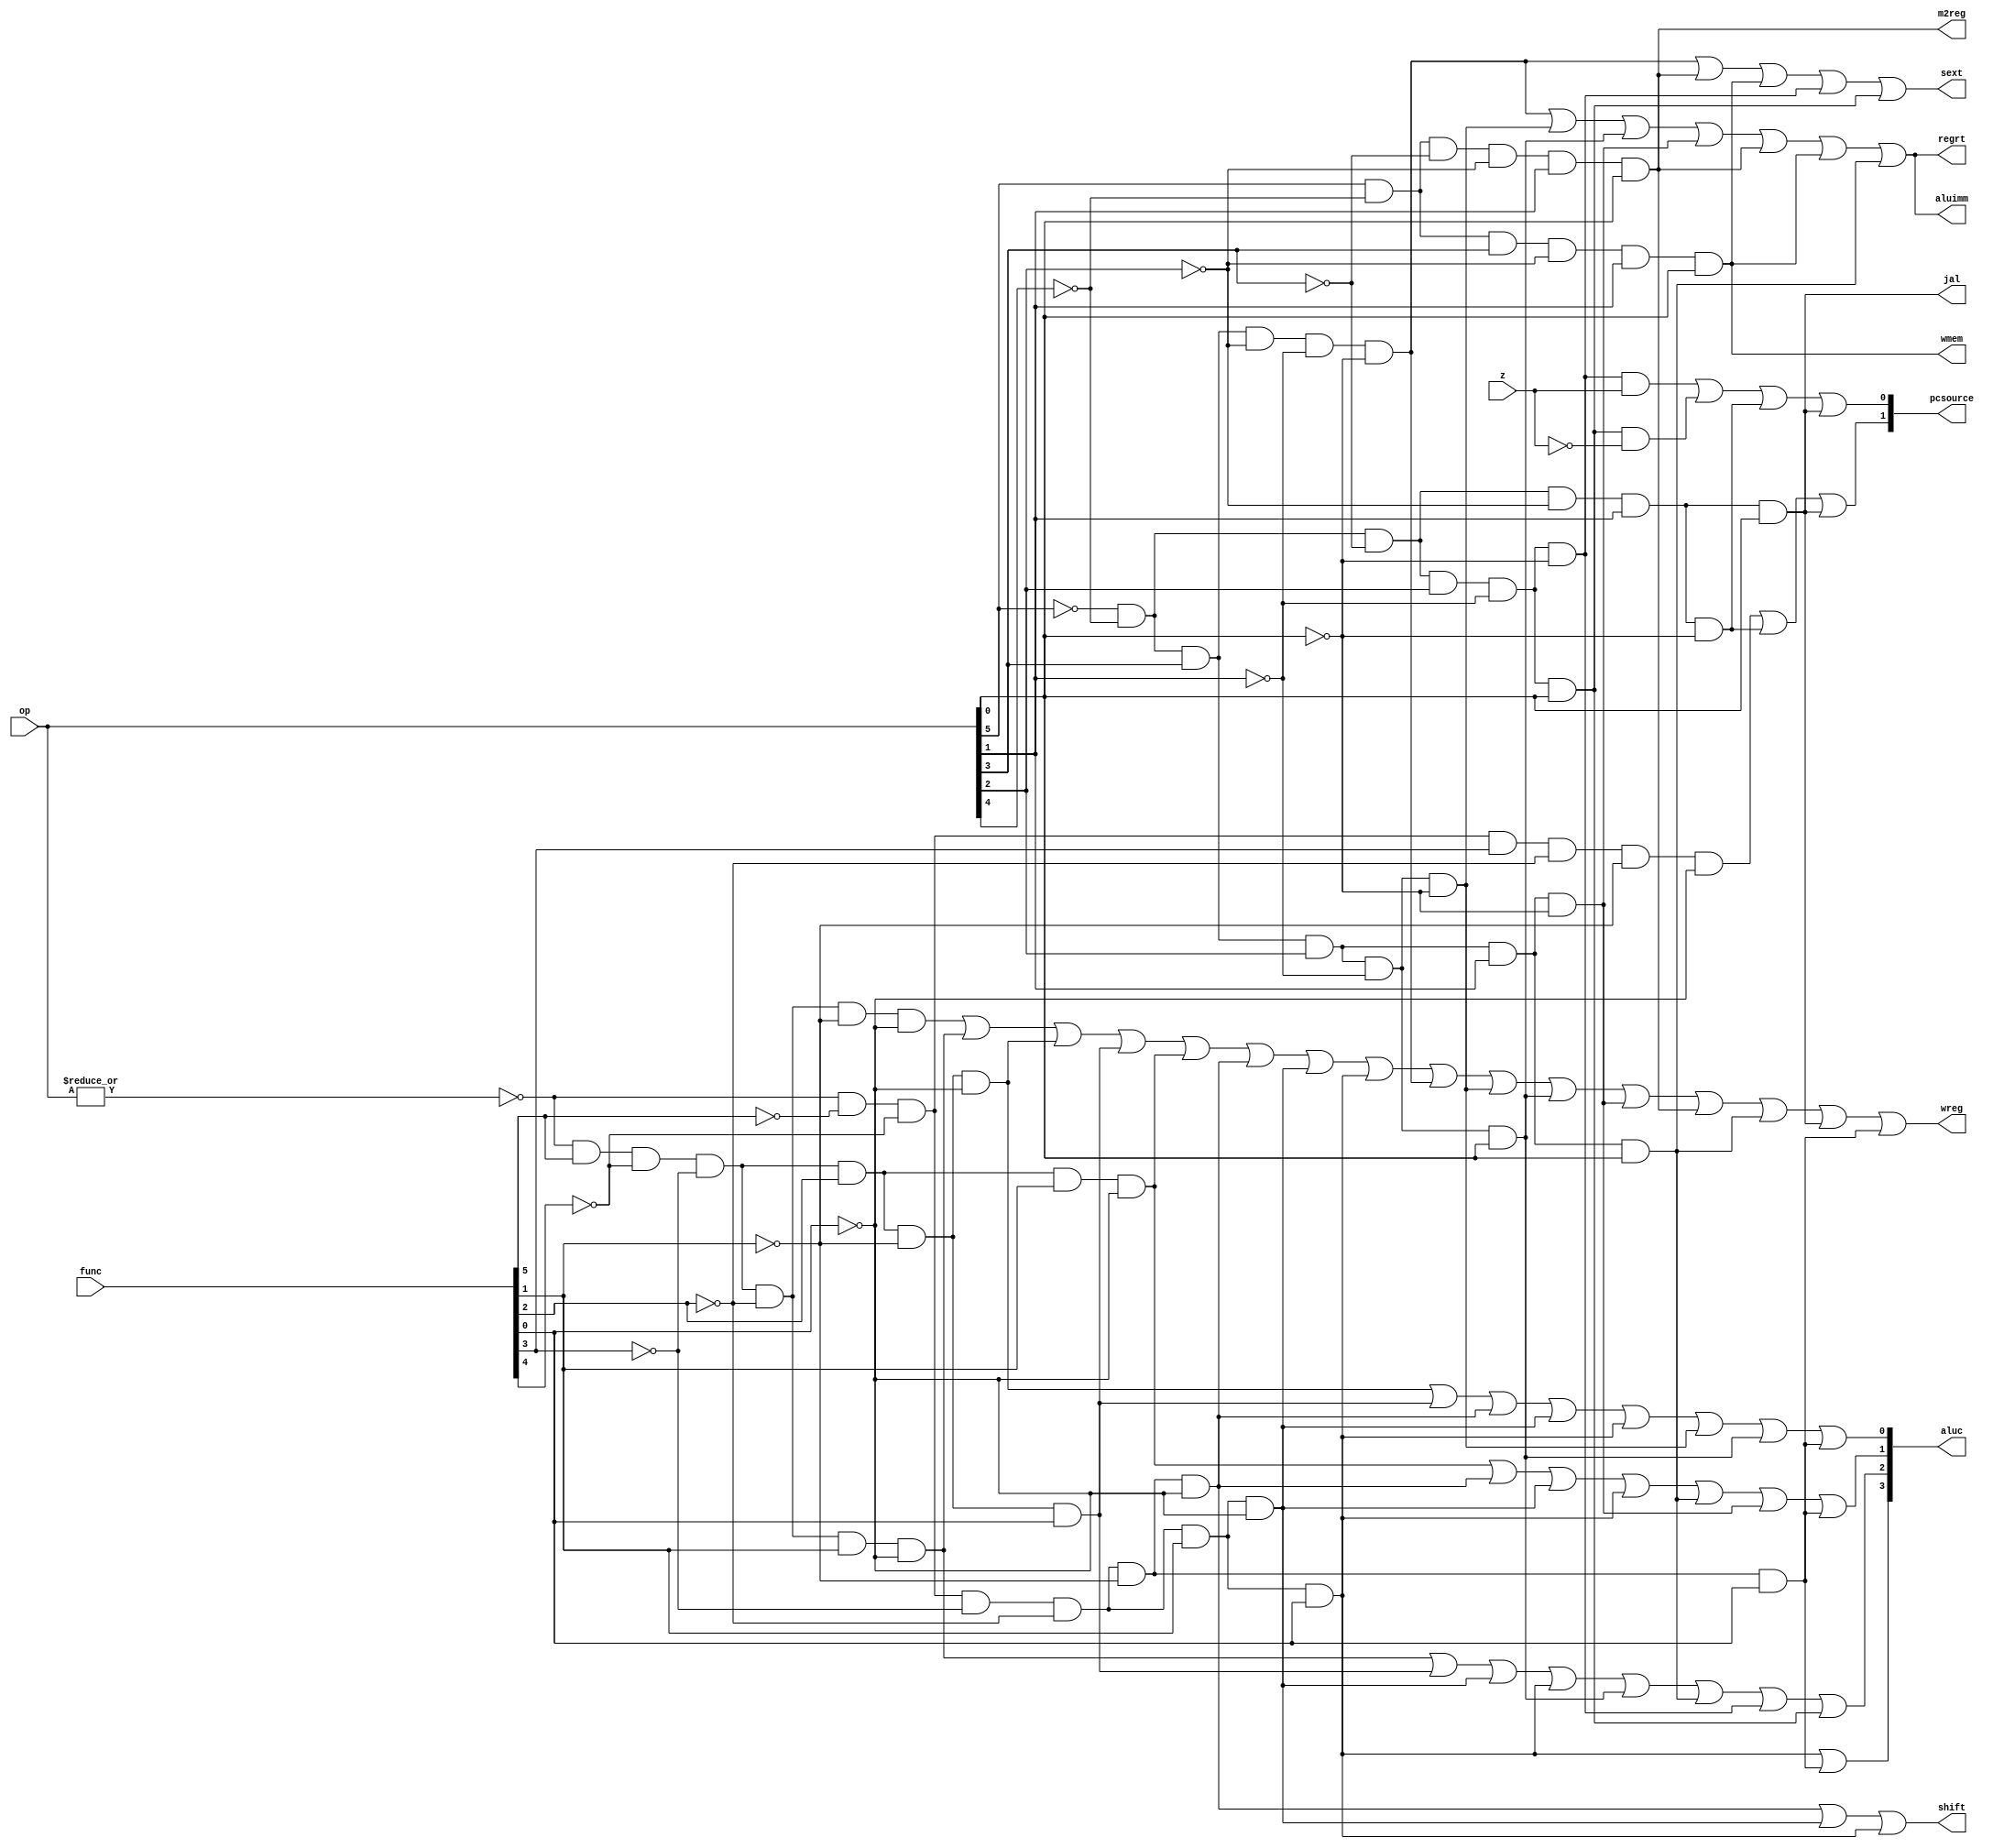
module sc_cu (op, func, z, wmem, wreg, regrt, m2reg, aluc, shift,
              aluimm, pcsource, jal, sext);
   input  [5:0] op,func;
   input        z;
   output       wreg,regrt,jal,m2reg,shift,aluimm,sext,wmem;
   output [3:0] aluc;
   output [1:0] pcsource;
   wire r_type = ~|op;
   wire i_add = r_type & func[5] & ~func[4] & ~func[3] &
                ~func[2] & ~func[1] & ~func[0];          //100000
   wire i_sub = r_type & func[5] & ~func[4] & ~func[3] &
                ~func[2] &  func[1] & ~func[0];          //100010
      
   //  please complete the deleted code.
   
   wire i_and = r_type & func[5] & ~func[4] & ~func[3] &
					 func[2] & ~func[1] & ~func[0];
   wire i_or  = r_type & func[5] & ~func[4] & ~func[3] &
					 func[2] & ~func[1] & func[0];
   wire i_xor = r_type & func[5] & ~func[4] & ~func[3] &
					 func[2] & func[1] & ~func[0];
   wire i_sll = r_type & ~func[5] & ~func[4] & ~func[3] &
					 ~func[2] & ~func[1] & ~func[0];
   wire i_srl = r_type & ~func[5] & ~func[4] & ~func[3] &
					 ~func[2] & func[1] & ~func[0];
   wire i_sra = r_type & ~func[5] & ~func[4] & ~func[3] &
					 ~func[2] & func[1] & func[0];
   wire i_jr  = r_type & ~func[5] & ~func[4] & func[3] &
					 ~func[2] & ~func[1] & ~func[0];
   wire i_gt  = r_type & ~func[5] & ~func[4] & ~func[3] &
					 ~func[2] & ~func[1] & func[0];
	
   wire i_addi = ~op[5] & ~op[4] &  op[3] & ~op[2] & ~op[1] & ~op[0]; //001000
   wire i_andi = ~op[5] & ~op[4] &  op[3] &  op[2] & ~op[1] & ~op[0]; //001100
   
   wire i_ori  = ~op[5] & ~op[4] &  op[3] &  op[2] & ~op[1] &  op[0];
   wire i_xori = ~op[5] & ~op[4] &  op[3] &  op[2] &  op[1] & ~op[0];
   wire i_lw   =  op[5] & ~op[4] & ~op[3] & ~op[2] &  op[1] &  op[0];
   wire i_sw   =  op[5] & ~op[4] &  op[3] & ~op[2] &  op[1] &  op[0];
   wire i_beq  = ~op[5] & ~op[4] & ~op[3] &  op[2] & ~op[1] & ~op[0];
   wire i_bne  = ~op[5] & ~op[4] & ~op[3] &  op[2] & ~op[1] &  op[0];
   wire i_lui  = ~op[5] & ~op[4] &  op[3] &  op[2] &  op[1] &  op[0];
   wire i_j    = ~op[5] & ~op[4] & ~op[3] & ~op[2] &  op[1] & ~op[0];
   wire i_jal  = ~op[5] & ~op[4] & ~op[3] & ~op[2] &  op[1] &  op[0];
   
  
   assign pcsource[1] = i_jr | i_j | i_jal;
   assign pcsource[0] = ( i_beq & z ) | (i_bne & ~z) | i_j | i_jal ;
   
   assign wreg = i_add | i_sub | i_and | i_or   | i_xor  |
                 i_sll | i_srl | i_sra | i_addi | i_andi |
                 i_ori | i_xori | i_lw | i_lui  | i_jal | i_gt;
   
   assign aluc[3] = i_sra | i_gt;
   assign aluc[2] = i_sub | i_or | i_srl | i_sra | i_ori | i_lui | i_beq | i_bne;
   assign aluc[1] = i_xor | i_sll | i_srl | i_sra | i_lui | i_xori | i_gt;
   assign aluc[0] = i_and | i_or | i_sll | i_srl | i_sra | i_andi | i_ori | i_gt;
   assign shift   = i_sll | i_srl | i_sra ;
   assign aluimm  = i_addi | i_andi | i_ori | i_xori | i_lw | i_sw | i_lui;
   assign sext    = i_addi | i_lw | i_sw | i_beq | i_bne;
   assign wmem    = i_sw;
   assign m2reg   = i_lw;
   assign regrt   = i_addi| i_andi | i_ori | i_xori | i_lw | i_sw | i_lui;
   assign jal     = i_jal;

endmodule